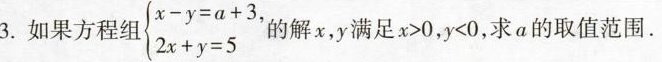
3.如果方程组$$\begin{cases}